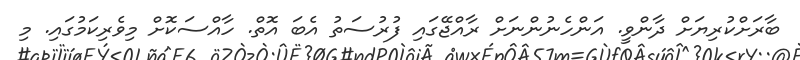
ބާރަށްކުރިޔަށް ދާންވީ. އަންހެނުންނަށް ރާއްޖޭގައި ފުރުސަތު އެބަ އޮތް. ހާއްސަކޮށް މިވެރިކަމުގައި. މި